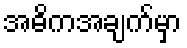
အဓိကအချက်မှာ